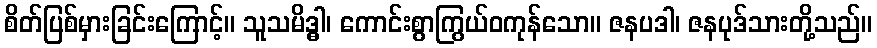
စိတ်ပြစ်မှားခြင်းကြောင့်။ သူသမိဒ္ဓါ၊ ကောင်းစွာကြွယ်ဝကုန်သော။ ဇနပဒါ၊ ဇနပုဒ်သားတို့သည်။